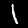
Digit: 1